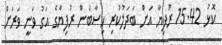
ކޮޅު 15.42 ރުފިޔާ އަށް ބަދަލުކުރި ހިސާބުން ރުފިޔާގެ އަގު ވަނީ ވަރަށް